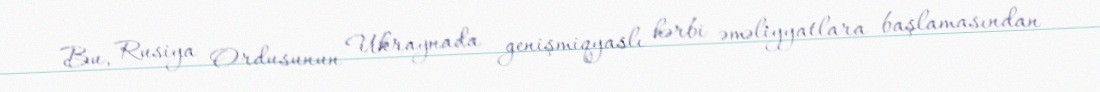
Bu, Rusiya Ordusunun Ukraynada genişmiqyaslı hərbi əməliyyatlara başlamasından